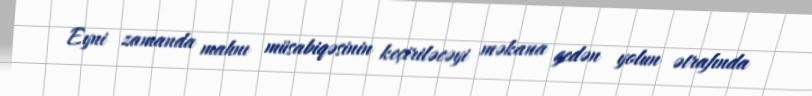
Eyni zamanda mahnı müsabiqəsinin keçiriləcəyi məkana gedən yolun ətrafında